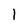
Character: 1